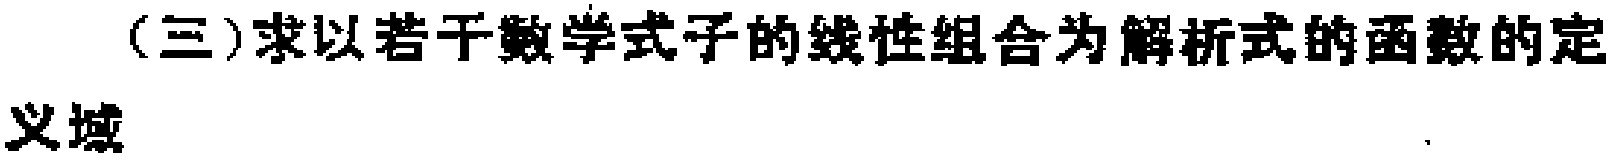
(三)求以若干数学式子的线性组合为解析式的函数的定义域